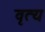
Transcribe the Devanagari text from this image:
वृत्य